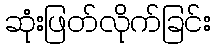
ဆုံးဖြတ်လိုက်ခြင်း